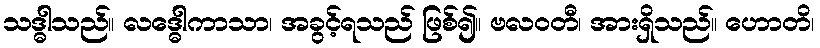
သဒ္ဓါသည်။ လဒ္ဓေါကာသာ၊ အခွင့်ရသည် ဖြစ်၍။ ဗလဝတီ၊ အားရှိသည်။ ဟောတိ၊